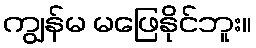
ကျွန်မ မဖြေနိုင်ဘူး။